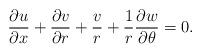
LaTeX: \begin{align*}\frac{\partial u}{\partial x}+\frac{\partial v}{\partial r}+\frac{v}{r}+\frac{1}{r}\frac{\partial w}{\partial\theta}=0.\end{align*}